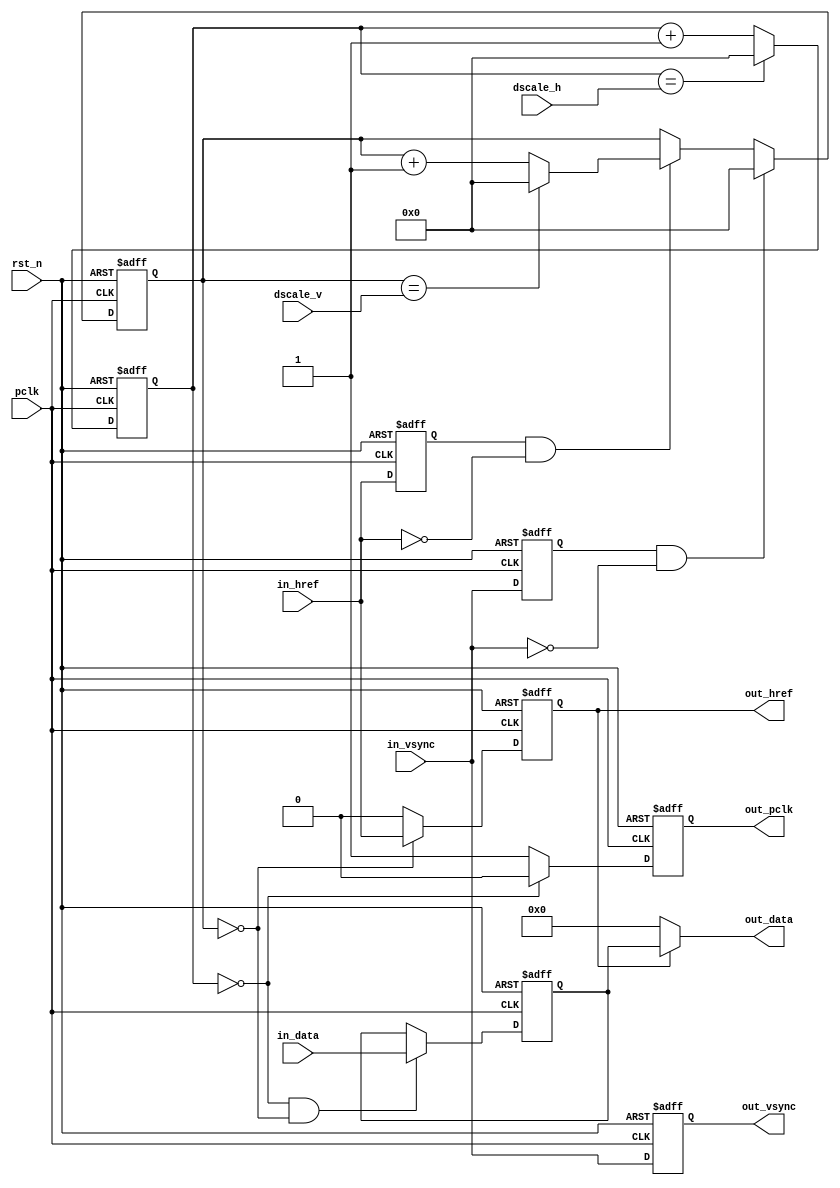
/*************************************************************************
    > File Name: vip_dscale.v
    > Author: bxq
    > Mail: 544177215@qq.com
    > Created Time: Thu 21 Jan 2021 21:50:04 GMT
 ************************************************************************/
`timescale 1 ns / 1 ps

/*
 * VIP - Down Scale
 */

module vip_dscale
#(
	parameter BITS = 8,
	parameter WIDTH = 1280,
	parameter HEIGHT = 960
)
(
	input pclk,
	input rst_n,

	input [3:0] dscale_h,
	input [3:0] dscale_v,

	input in_href,
	input in_vsync,
	input [BITS-1:0] in_data,

	output out_pclk,
	output out_href,
	output out_vsync,
	output [BITS-1:0] out_data
);

	reg prev_href;
	wire line_start = (~prev_href) & in_href;
	wire line_end = prev_href & (~in_href);
	always @ (posedge pclk or negedge rst_n) begin
		if (!rst_n)
			prev_href <= 0;
		else
			prev_href <= in_href;
	end
	
	reg [3:0] pix_cnt;
	always @ (posedge pclk or negedge rst_n) begin
		if (!rst_n)
			pix_cnt <= 0;
		else if (pix_cnt == dscale_h)
			pix_cnt <= 0;
		else
			pix_cnt <= pix_cnt + 1'b1;
	end

	reg prev_vsync;
	wire frame_start = prev_vsync & (~in_vsync);
	always @ (posedge pclk or negedge rst_n) begin
		if (!rst_n)
			prev_vsync <= 0;
		else
			prev_vsync <= in_vsync;
	end

	reg [3:0] line_cnt;
	always @ (posedge pclk or negedge rst_n) begin
		if (!rst_n)
			line_cnt <= 0;
		else if (frame_start)
			line_cnt <= 0;
		else if (line_end)
			if (line_cnt == dscale_v)
				line_cnt <= 0;
			else
				line_cnt <= line_cnt + 1'b1;
		else
			line_cnt <= line_cnt;
	end

	reg [BITS-1:0] data_r;
	always @ (posedge pclk or negedge rst_n) begin
		if (!rst_n)
			data_r <= 0;
		else if (pix_cnt == 4'd0 && line_cnt == 4'd0)
			data_r <= in_data;
		else
			data_r <= data_r;
	end
	
	reg out_pclk_r;
	always @ (posedge pclk or negedge rst_n) begin
		if (!rst_n)
			out_pclk_r <= 0;
		else if (pix_cnt == 4'd0)
			out_pclk_r <= 0;
		else
			out_pclk_r <= 1;
	end

	reg out_href_r;
	always @ (posedge pclk or negedge rst_n) begin
		if (!rst_n)
			out_href_r <= 0;
		else if (line_cnt == 4'd0)
			out_href_r <= in_href;
		else
			out_href_r <= 0;
	end

	reg out_vsync_r;
	always @ (posedge pclk or negedge rst_n) begin
		if (!rst_n)
			out_vsync_r <= 0;
		else
			out_vsync_r <= in_vsync;
	end

	assign out_pclk = out_pclk_r;
	assign out_href = out_href_r;
	assign out_vsync = out_vsync_r;
	assign out_data = out_href ? data_r : {BITS{1'b0}};
endmodule